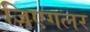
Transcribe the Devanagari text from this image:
जिएगलर